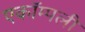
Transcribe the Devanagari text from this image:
एकॉम्पली